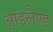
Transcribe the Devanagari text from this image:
आइलैण्‍ड